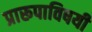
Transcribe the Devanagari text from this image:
प्रारूपाविषयी